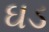
ઘડ